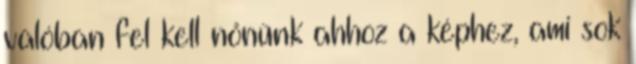
valóban fel kell nőnünk ahhoz a képhez, ami sok